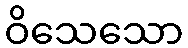
ဝိသေသော